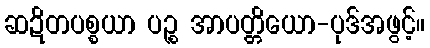
ဆဍိတပစ္စယာ ပဉ္စ အာပတ္တိယော-ပုဒ်အဖွင့်။